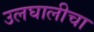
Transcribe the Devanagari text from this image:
उलघालीचा